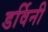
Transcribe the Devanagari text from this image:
डर्विनी